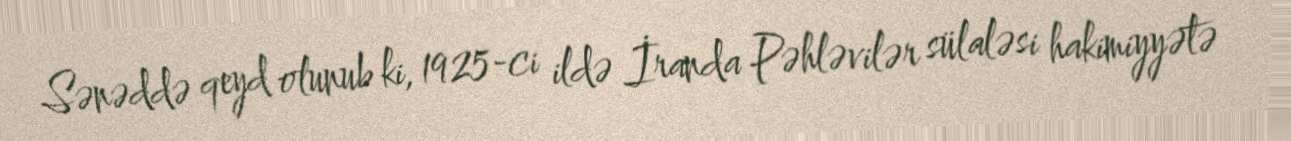
Sənəddə qeyd olunub ki, 1925-ci ildə İranda Pəhləvilər sülaləsi hakimiyyətə